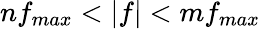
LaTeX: nf_{max}<|f|<mf_{max}